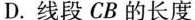
D.线段CB的长度